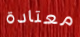
معتادة